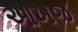
આખજ